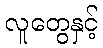
လူတွေနှင့်